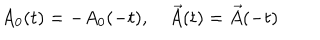
LaTeX: A _ { 0 } ( t ) = - A _ { 0 } ( - t ) , \quad \vec { A } ( t ) = \vec { A } ( - t )